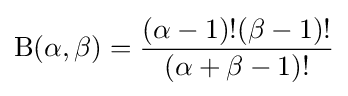
\mathrm {B} (\alpha ,\beta )={\frac {(\alpha -1)!(\beta -1)!}{(\alpha +\beta -1)!}}